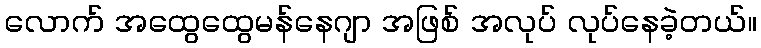
လောက် အထွေထွေမန်နေဂျာ အဖြစ် အလုပ် လုပ်နေခဲ့တယ်။